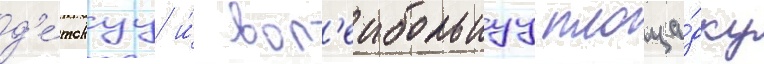
д'е́тскуу и́ вол'еибольнуу площа́дку